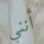
أنني